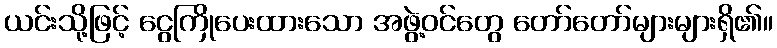
ယင်းသို့ဖြင့် ငွေကြိုပေးထားသော အဖွဲ့ဝင်တွေ တော်တော်များများရှိ၏။